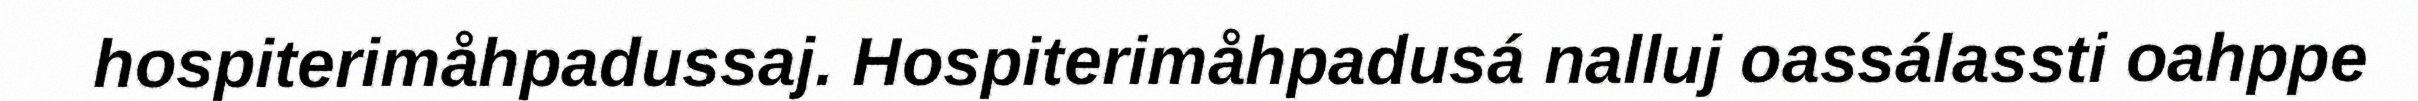
hospiterimåhpadussaj. Hospiterimåhpadusá nalluj oassálassti oahppe